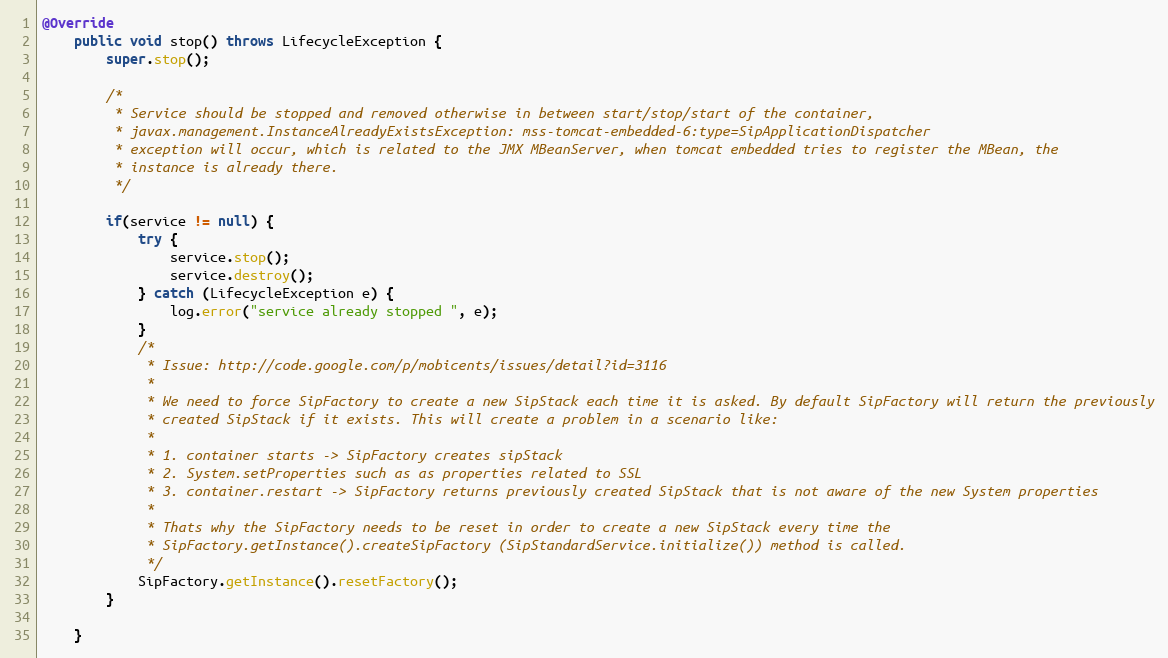
Language: Java
@Override
	public void stop() throws LifecycleException {
    	super.stop();

        /*
         * Service should be stopped and removed otherwise in between start/stop/start of the container,
         * javax.management.InstanceAlreadyExistsException: mss-tomcat-embedded-6:type=SipApplicationDispatcher
         * exception will occur, which is related to the JMX MBeanServer, when tomcat embedded tries to register the MBean, the
         * instance is already there.
         */

		if(service != null) {
			try {
				service.stop();
				service.destroy();
			} catch (LifecycleException e) {
				log.error("service already stopped ", e);
			}
			/*
			 * Issue: http://code.google.com/p/mobicents/issues/detail?id=3116
			 *
			 * We need to force SipFactory to create a new SipStack each time it is asked. By default SipFactory will return the previously
			 * created SipStack if it exists. This will create a problem in a scenario like:
			 *
			 * 1. container starts -> SipFactory creates sipStack
			 * 2. System.setProperties such as as properties related to SSL
			 * 3. container.restart -> SipFactory returns previously created SipStack that is not aware of the new System properties
			 *
			 * Thats why the SipFactory needs to be reset in order to create a new SipStack every time the
			 * SipFactory.getInstance().createSipFactory (SipStandardService.initialize()) method is called.
			 */
			SipFactory.getInstance().resetFactory();
		}

    }